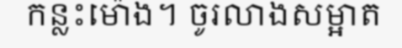
កន្លះម៉ោង។ ចូរលាងសម្អាត